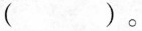
（ ）。